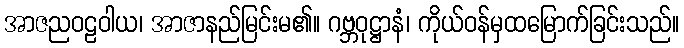
အာဇညဝဠဝါယ၊ အာဇာနည်မြင်းမ၏။ ဂဗ္ဘဝုဋ္ဌာနံ၊ ကိုယ်ဝန်မှထမြောက်ခြင်းသည်။